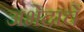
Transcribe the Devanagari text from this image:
अभेदाचें